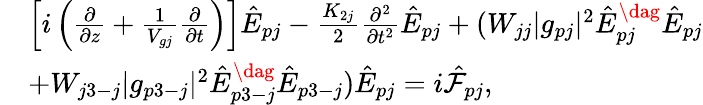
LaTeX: \begin{array}{rl}&{\left[i\left(\frac{\partial}{\partial z}+\frac{1}{V_{gj}}\frac{\partial}{\partial t}\right)\right]\hat{E}_{pj}-\frac{K_{2j}}{2}\frac{\partial^{2}}{\partial t^{2}}\hat{E}_{pj}+(W_{jj}|g_{pj}|^{2}\hat{E}_{pj}^{\dag}\hat{E}_{pj}}\\ &{+W_{j3-j}|g_{p3-j}|^{2}\hat{E}_{p3-j}^{\dag}\hat{E}_{p3-j})\hat{E}_{pj}=i{\hat{\cal F}}_{pj},}\end{array}